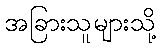
အခြားသူများသို့